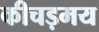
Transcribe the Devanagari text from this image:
कीचड़मय